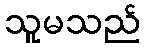
သူမသည်